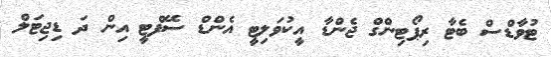
ޓުވާޑްސް ބެޓާ ރިޕޯޓިންގް ޖެންޑާ އީކުވަލިޓީ އެންޑް ސޭފްޓީ އިން ދަ ޑިޖިޓަލް